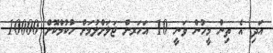
އަދި އެ ތިން މީހުން ވަނީ 10 އަހަރށް ޖަލަށްލުމަށް ހުކުމްކޮށް 10000